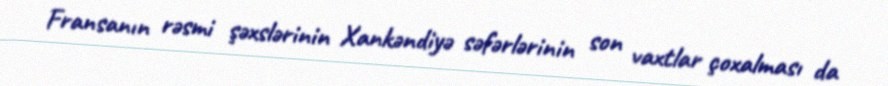
Fransanın rəsmi şəxslərinin Xankəndiyə səfərlərinin son vaxtlar çoxalması da